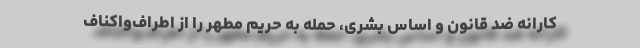
کارانه ضد قانون و اساس بشری، حمله به حریم مطهر را از اطراف‌واکناف